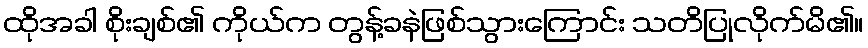
ထိုအခါ စိုးချစ်၏ ကိုယ်က တွန့်ခနဲဖြစ်သွားကြောင်း သတိပြုလိုက်မိ၏။